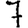
Digit: 7